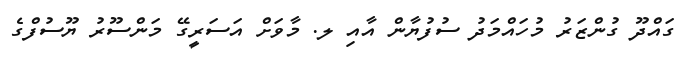
ގައްދޫ ގުންޒަރު މުހައްމަދު ސުފުޔާން އާއި ލ. މާވަށް އަސަރީގޭ މަންސޫރު ޔޫސުފްގެ